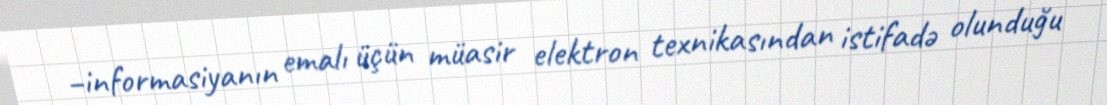
–informasiyanın emalı üçün müasir elektron texnikasından istifadə olunduğu